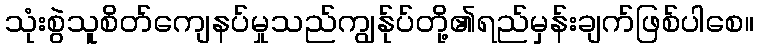
သုံးစွဲသူစိတ်ကျေနပ်မှုသည်ကျွန်ုပ်တို့၏ရည်မှန်းချက်ဖြစ်ပါစေ။